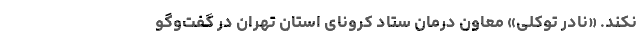
نکند. «نادر توکلی» معاون درمان ستاد کرونای استان تهران در گفت‌وگو